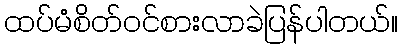
ထပ်မံစိတ်ဝင်စားလာခဲပြန်ပါတယ်။